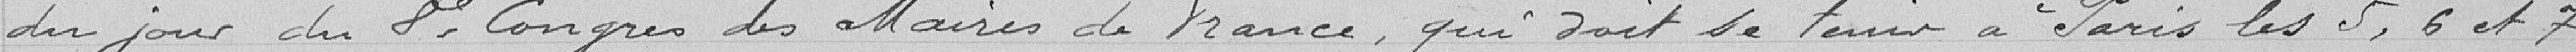
du jour du 8ème Congrès des Maires de France, qui doit se tenir à Paris les 5, 6 et 7